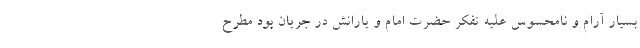
بسیار آرام و نامحسوس علیه تفکر حضرت امام و یارانش در جریان بود مطرح